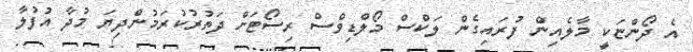
އެ ދޯންޏަކީ މާލެއިން ފުރައިގެން ލަކްސް މޯލްޑިވްސް ރިސޯޓަށް ދަތުރުކުރަމުންދިޔަ މުދާ އުފުލާ